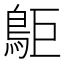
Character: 𪀏